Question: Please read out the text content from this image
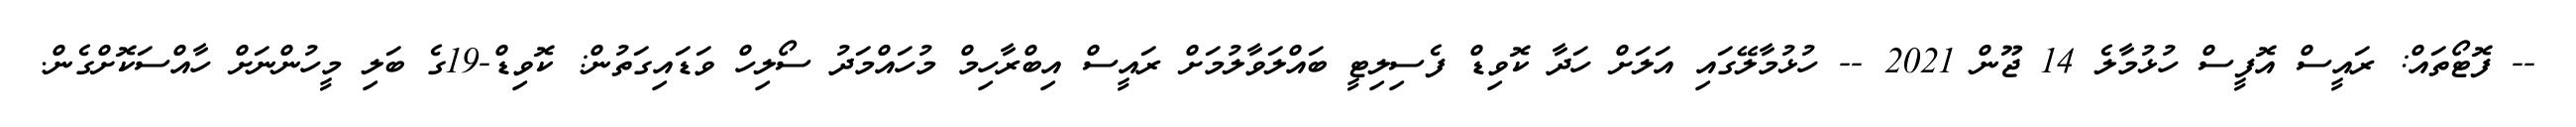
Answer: -- ފޮޓޯތައް: ރައީސް އޮފީސް ހުޅުމާލެ 14 ޖޫން 2021 -- ހުޅުމާލޭގައި އަލަށް ހަދާ ކޮވިޑް ފެސިލިޓީ ބައްލަވާލުމަށް ރައީސް އިބްރާހިމް މުހައްމަދު ސޯލިހް ވަޑައިގަތުން: ކޮވިޑް-19ގެ ބަލި މީހުންނަށް ހާއްސަކޮށްގެން.